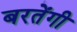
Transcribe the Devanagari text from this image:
बरतेंगी